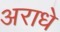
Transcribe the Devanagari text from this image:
अराधे